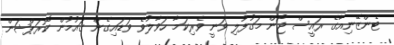
ޓެންޒޭނިއާގެ ރައީސް ޖޯން މަގުފުލި ވަނީ ވެރިކަމާ ހަވާލުވެ ވަޑައިގެން ގައުމުން ކޮރަޕްޝަން